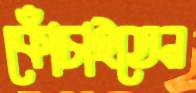
কোঁচাইতেন